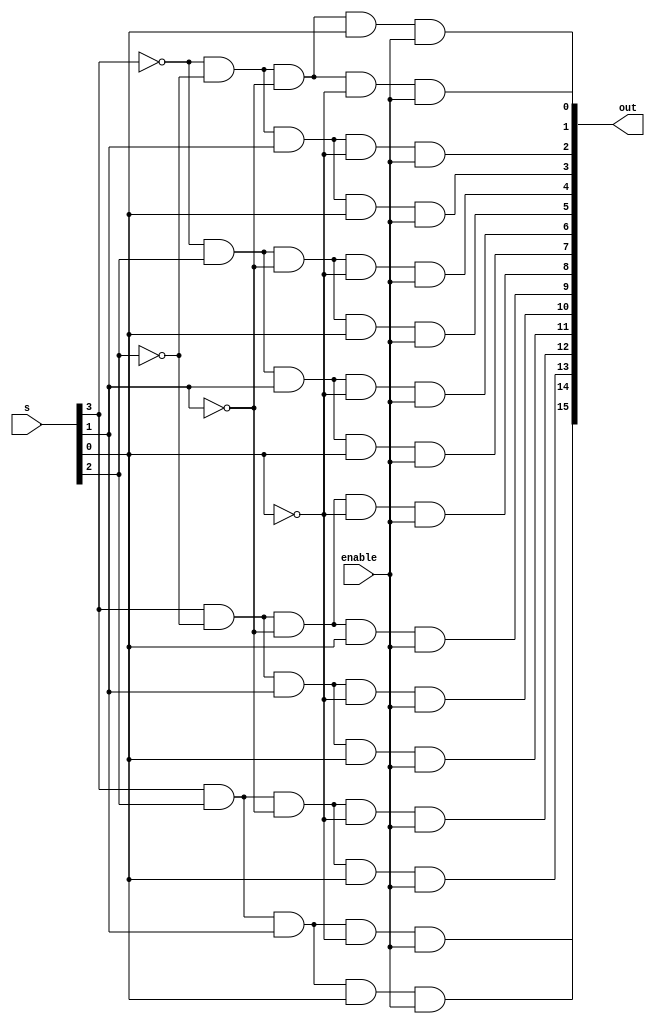
// Design a 1 to 16 DEMUX with active high enable.

module demux_1to16(output [15:0] out,
                   input [3:0] s,
                   input enable);
assign out[15] =  s[3]  &   s[2]  &   s[1]  &   s[0]  & (enable);
assign out[14] =  s[3]  &   s[2]  &   s[1]  & (~s[0]) & (enable);
assign out[13] =  s[3]  &   s[2]  & (~s[1]) &   s[0]  & (enable);
assign out[12] =  s[3]  &   s[2]  & (~s[1]) & (~s[0]) & (enable);
assign out[11] =  s[3]  & (~s[2]) &   s[1]  &   s[0]  & (enable);
assign out[10] =  s[3]  & (~s[2]) &   s[1]  & (~s[0]) & (enable);
assign out[9] =   s[3]  & (~s[2]) & (~s[1]) &   s[0]  & (enable);
assign out[8] =   s[3]  & (~s[2]) & (~s[1]) & (~s[0]) & (enable);
assign out[7] = (~s[3]) &   s[2]  &   s[1]  &   s[0]  & (enable);
assign out[6] = (~s[3]) &   s[2]  &   s[1]  & (~s[0]) & (enable);
assign out[5] = (~s[3]) &   s[2]  & (~s[1]) &   s[0]  & (enable);
assign out[4] = (~s[3]) &   s[2]  & (~s[1]) & (~s[0]) & (enable);
assign out[3] = (~s[3]) & (~s[2]) &   s[1]  &   s[0]  & (enable);
assign out[2] = (~s[3]) & (~s[2]) &   s[1]  & (~s[0]) & (enable);
assign out[1] = (~s[3]) & (~s[2]) & (~s[1]) &   s[0]  & (enable);
assign out[0] = (~s[3]) & (~s[2]) & (~s[1]) & (~s[0]) & (enable);

endmodule